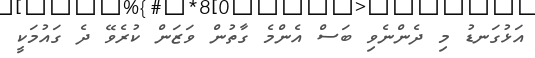
އަޅުގަނޑު މި ދެންނެވި ބަސް އެންމެ ގާތުން ވަޒަން ކުރެވޭ ދެ ގައުމަކީ